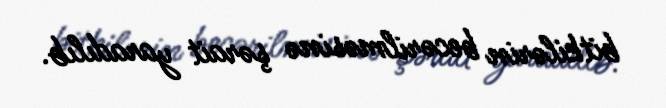
bitkilərin becərilməsinə şərait yaradılıb.